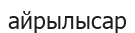
айрылысар